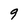
Character: 9